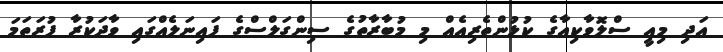
އަދި މިއީ ސްލޮވާކިއާގެ ކުޅުންތެރިއެއް މި މުބާރާތުގެ ސިންގަލްސްގެ ފައިނަލެއްގައި ވާދަކުރާ ފުރަތަމަ